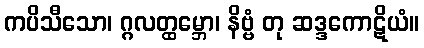
ကပိသီသော၊ ဂ္ဂလတ္ထမ္ဘော၊ နိဗ္ဗံ တု ဆဒ္ဒကောဋိယံ။